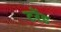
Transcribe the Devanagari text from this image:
टरेंड